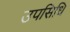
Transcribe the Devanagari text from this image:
उपसिधि